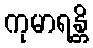
ကုမာရန္တိ